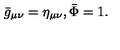
{ \bar { g } } _ { \mu \nu } = \eta _ { \mu \nu } , { \bar { \Phi } } = 1 .